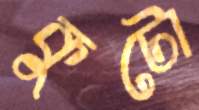
কুটো